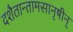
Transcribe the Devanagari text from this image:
दशैतान्तामसानृषीन्